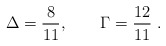
\begin{align*}\Delta=\frac{8}{11}, \qquad \Gamma=\frac{12}{11} \ .\end{align*}